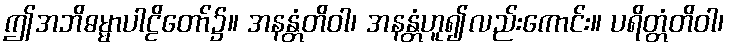
ဤအဘိဓမ္မာပါဠိတော်၌။ အနန္တံတိဝါ၊ အနန္တံဟူ၍လည်းကောင်း။ ပရိတ္တံတိဝါ၊